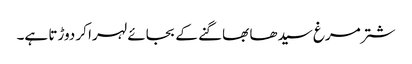
شتر مرغ سیدھا بھاگنے کے بجائے لہرا کر دوڑتا ہے۔